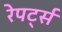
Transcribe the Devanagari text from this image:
रेपर्ट्स